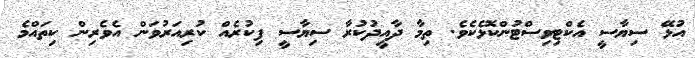
އުޅޭ ސިޔާސީ އެކްޓިވިސްޓުންކޮޅެކެވެ. ތިމާ ދާއީދުކުރާ ސިޔާސީ ފިކުރެއް ކުރިއަރުވަން އެވެރިން ކިތައްމެ